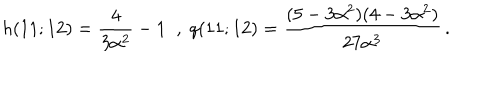
LaTeX: h ( 1 1 ; 1 2 ) = \frac 4 { 3 \alpha ^ { 2 } } - 1 \; \; , \; q ( 1 1 ; 1 2 ) = \frac { ( 5 - 3 \alpha ^ { 2 } ) ( 4 - 3 \alpha ^ { 2 } ) } { 2 7 \alpha ^ { 3 } } \, .